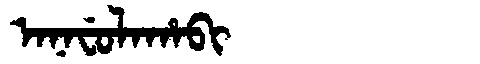
Manchu: ᠠᠨᠠᠸᡠᠯᠠᡥᠠᠪᡳ
Romanization: ANAFULAHABI